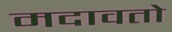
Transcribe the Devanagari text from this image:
मदावतो